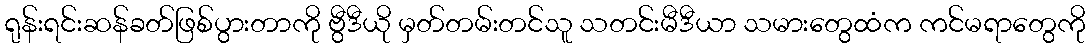
ရုန်းရင်းဆန်ခတ်ဖြစ်ပွားတာကို ဗွီဒီယို မှတ်တမ်းတင်သူ သတင်းမီဒီယာ သမားတွေထံက ကင်မရာတွေကို